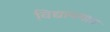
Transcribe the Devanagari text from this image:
विद्यावयात